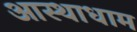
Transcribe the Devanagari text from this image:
आस्थाधाम